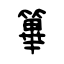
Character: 篳